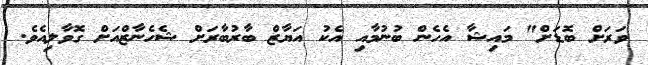
ވަރަށް ބޮޑަށް" މައިޝާ އެހެން ބުނުމާއި އެކު އަޔާޒް ބާރުބާރަށް ޝެހެނާޒްއަށް ގޮވާލިއެވެ.